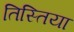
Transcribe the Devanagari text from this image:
तिस्तिया